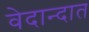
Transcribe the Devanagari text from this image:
वेदान्दात